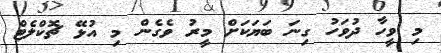
މި ވީހާ ދުވަހު ގިނަ ބަޔަކަށް މީރު ވެގެން މި އުޅޭ ޗޮކްލެޓް